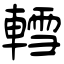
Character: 轌